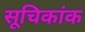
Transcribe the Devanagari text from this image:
सूचिकांक